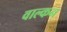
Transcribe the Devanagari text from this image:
वाल्कन